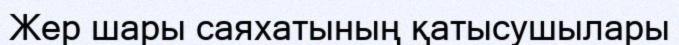
Жер шары саяхатының қатысушылары